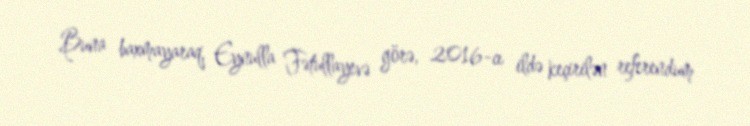
Buna baxmayaraq, Eynulla Fətullayevə görə, 2016-cı ildə keçirilən referendum